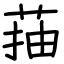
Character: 菗